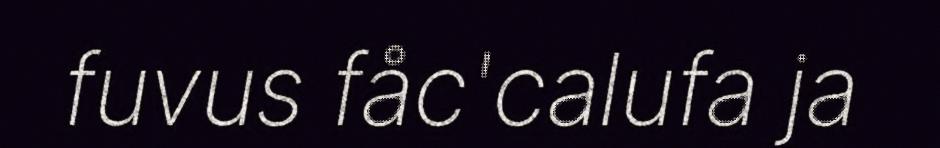
fuvus fåc'calufa ja